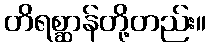
တိရစ္ဆာန်တို့တည်း။